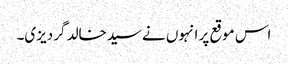
اس موقع پر انہوں نےسیدخالد گردیزی۔